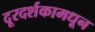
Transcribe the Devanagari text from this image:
दूरदर्शकामधून